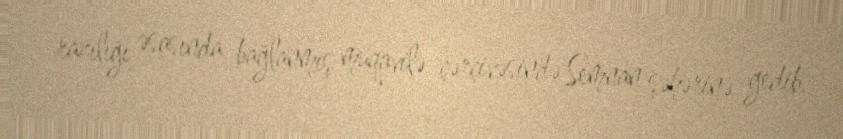
razılığı əsasında bağlanmış müqavilə çərçivəsində Semnan şəhərinə gedib.